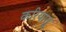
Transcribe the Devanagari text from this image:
करियातू